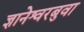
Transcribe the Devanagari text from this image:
ज्ञानेश्वरबुवा